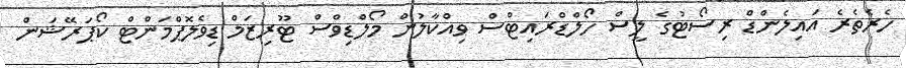
ހެރެތެރެ އައިލެންޑް ރިސޯޓުގެ ލީސް ހޯލްޑްރައިޓްސް ވިއްކާލުން މޯލްޑިވްސް ޓޫރިޒަމް ޑިވެލޮޕްމަންޓް ކޯޕަރޭޝަން